Lock hospitals Punjab
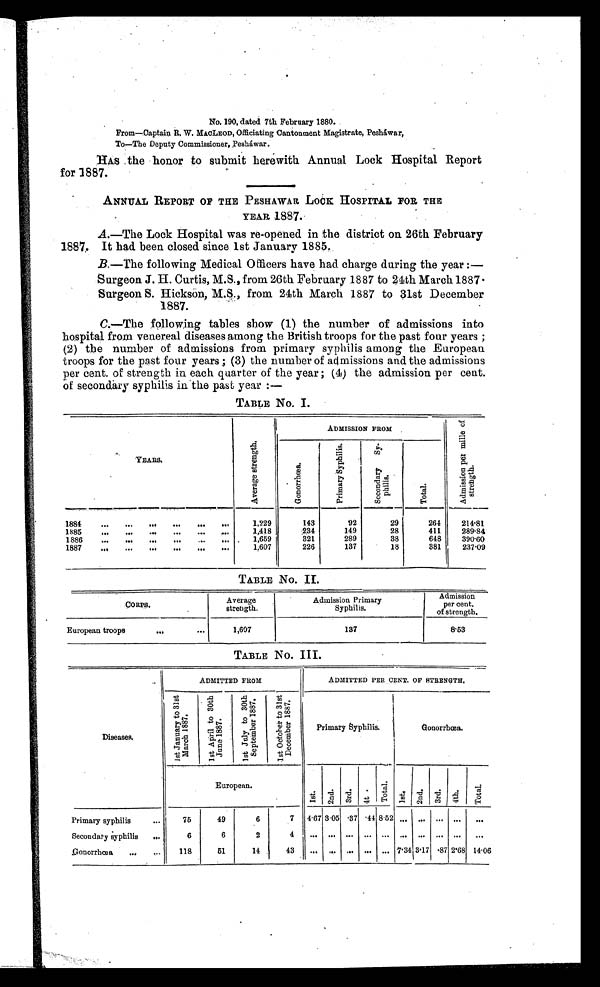
No. 190, dated 7th February 1880.
From—Captain R. W. MACLEOD, Officiating 'Cantonment Magistrate, Peshàwar,
To—The Deputy Commissioner, Pesháwar.
HAS .the honor to submit herewith Annual Lock Hospital Report
for 1887.
.LOCK
ANNAL REPORT OF THE PESHAWAR
HOSPITAL FOR THE
YEAR 1887.
A.—The Lock Hospital was re-opened in the district on 26th February
1887. It had been closed since 1st January 1885.
B.—The following Medical Officers have had charge during the year :—
Surgeon J. H. Curtis, M.S., from 26th February 1887 to 24th March 1887 .
Surgeon S. Hickson, M.S., from 24th March 1887 to 31st December
1887.
C.—The following tables show (1) the number of admissions into
hospital from venereal diseases among the British troops for the past four years ;
(2) the number of admissions from primary syphilis among the European
troops for the past four years ; (3) the number of admissions and the admissions
per cent. of strength in each quarter of the year ; (4) the admission per cent.
of secondary syphilis in the past year :—
TABLE No. I.
YEARS.
A v e r a g e s t r e n g t h .
ADMISSION FROM
A d m i s s i o n p e r m i l l e o f s t r e n g t h .
G o n o r r h œ a
.
P r i m a r y S y p h i l i s .
S e c o n d a r y S y p h i l i s .
T o t a l .
1884
. . .
. . .
...
. . .
. . .
. . .
1,229
143
92
29
264
214.81
1885
. . .
. . .
...
. . .
. . .
. . .
1,418
234
149
28
411
289.84
1886
. . .
...
. . .
. . .
. . .
. . .
1,659
321
289
38
648
390.60
1887
...
. . .
...
. . .
. . .
...
1,607
226
137
18
381
237.09
.
I
TABLE No. II
CORPS
Average
strength.
Admission Primary
Syphilis.
Admission
per cent.
of strength.
European troops
...
. . .
1,607
137
8.53
TABLE No. III.
Diseases
ADMITTED FROM
ADMITTED PER CENT. OF STRENGTH.
1 s t J a n u a r y t o 3 1 s t M a r c h 1 8 8 7 .
1 s t A p r i l t o 3 0 t h J u n e 1 8 8 7 .
1 s t J u l y t o 3 0 t h S e p t e m b e r 1 8 8 7 .
1 s t O c t o b e r t o 3 1 s t D e c e m b e r 1 8 8 7 .
Primary Syphilis.
Gonorrhoea.
European.
1 s t
2 n d .
3rd.
4 t .
Total.
1st. 2nd. 3rd. 4th.
T o t a l .
Primary syphilis
. . .
75
49
6
7 4.67 3.05 .37
. 4 4 8.52 ... ... ... ...
. . .
Secondary syphilis
. . .
6
6
2
Gonorrhœa
. . . 118
51
14
43
. . .
. . . ... ... ... 7. 34 3.17 .87 2.68 14.06